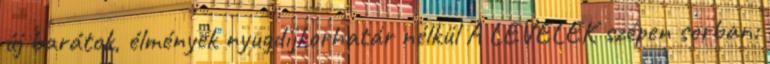
új barátok, élmények nyugdíjkorhatár nélkül A LEVELEK szépen sorban: